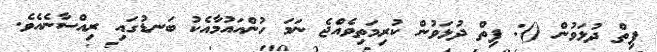
ފިތް ދުޅަވުން (): ފިތް ދުޅަވުން ކުރިމަތިވެއްޖެ ނަމަ ހުންއައުމާއެކު ބަނޑުގައި ރިއްސާނެއެވެ.